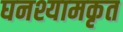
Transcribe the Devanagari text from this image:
घनश्यामकृत